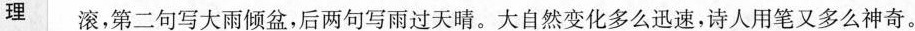
理 滚，第二句写大雨倾盆，后两句写雨过天晴。大自然变化多么迅速，诗人用笔又多么神奇。